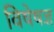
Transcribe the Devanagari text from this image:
विषेषज्ञ